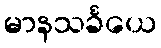
မာနသင်္ခယေ